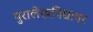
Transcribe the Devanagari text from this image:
पुरालेखविद्यावर